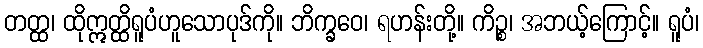
တတ္ထ၊ ထိုဣတ္ထိရူပံဟူသောပုဒ်ကို။ ဘိက္ခဝေ၊ ရဟန်းတို့။ ကိဉ္စ၊ အဘယ့်ကြောင့်။ ရူပံ၊